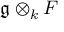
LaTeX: { \mathfrak { g } } \otimes _ { k } F